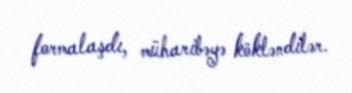
formalaşdı, müharibəyə kökləndilər.